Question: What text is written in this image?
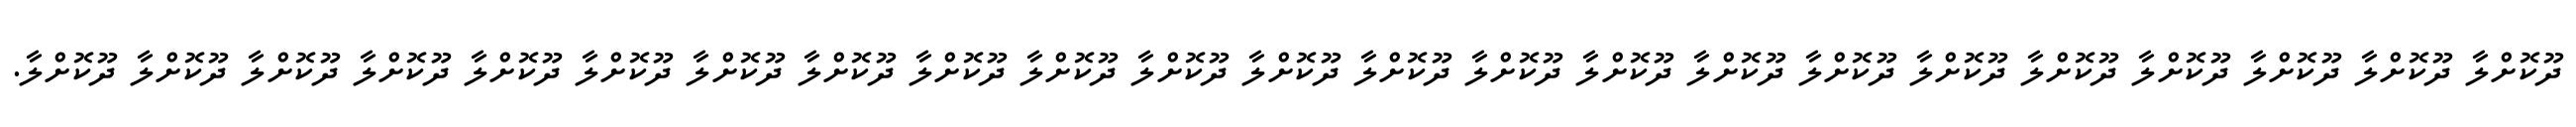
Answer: ދޫކޮށްލާ ދޫކޮށްލާ ދޫކޮށްލާ ދޫކޮށްލާ ދޫކޮށްލާ ދޫކޮށްލާ ދޫކޮށްލާ ދޫކޮށްލާ ދޫކޮށްލާ ދޫކޮށްލާ ދޫކޮށްލާ ދޫކޮށްލާ ދޫކޮށްލާ ދޫކޮށްލާ ދޫކޮށްލާ ދޫކޮށްލާ ދޫކޮށްލާ ދޫކޮށްލާ ދޫކޮށްލާ ދޫކޮށްލާ ދޫކޮށްލާ ދޫކޮށްލާ ދޫކޮށްލާ.